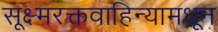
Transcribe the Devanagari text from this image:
सूक्ष्मरक्तवाहिन्यामधून